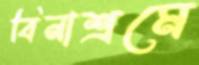
বিনাশ্রমে